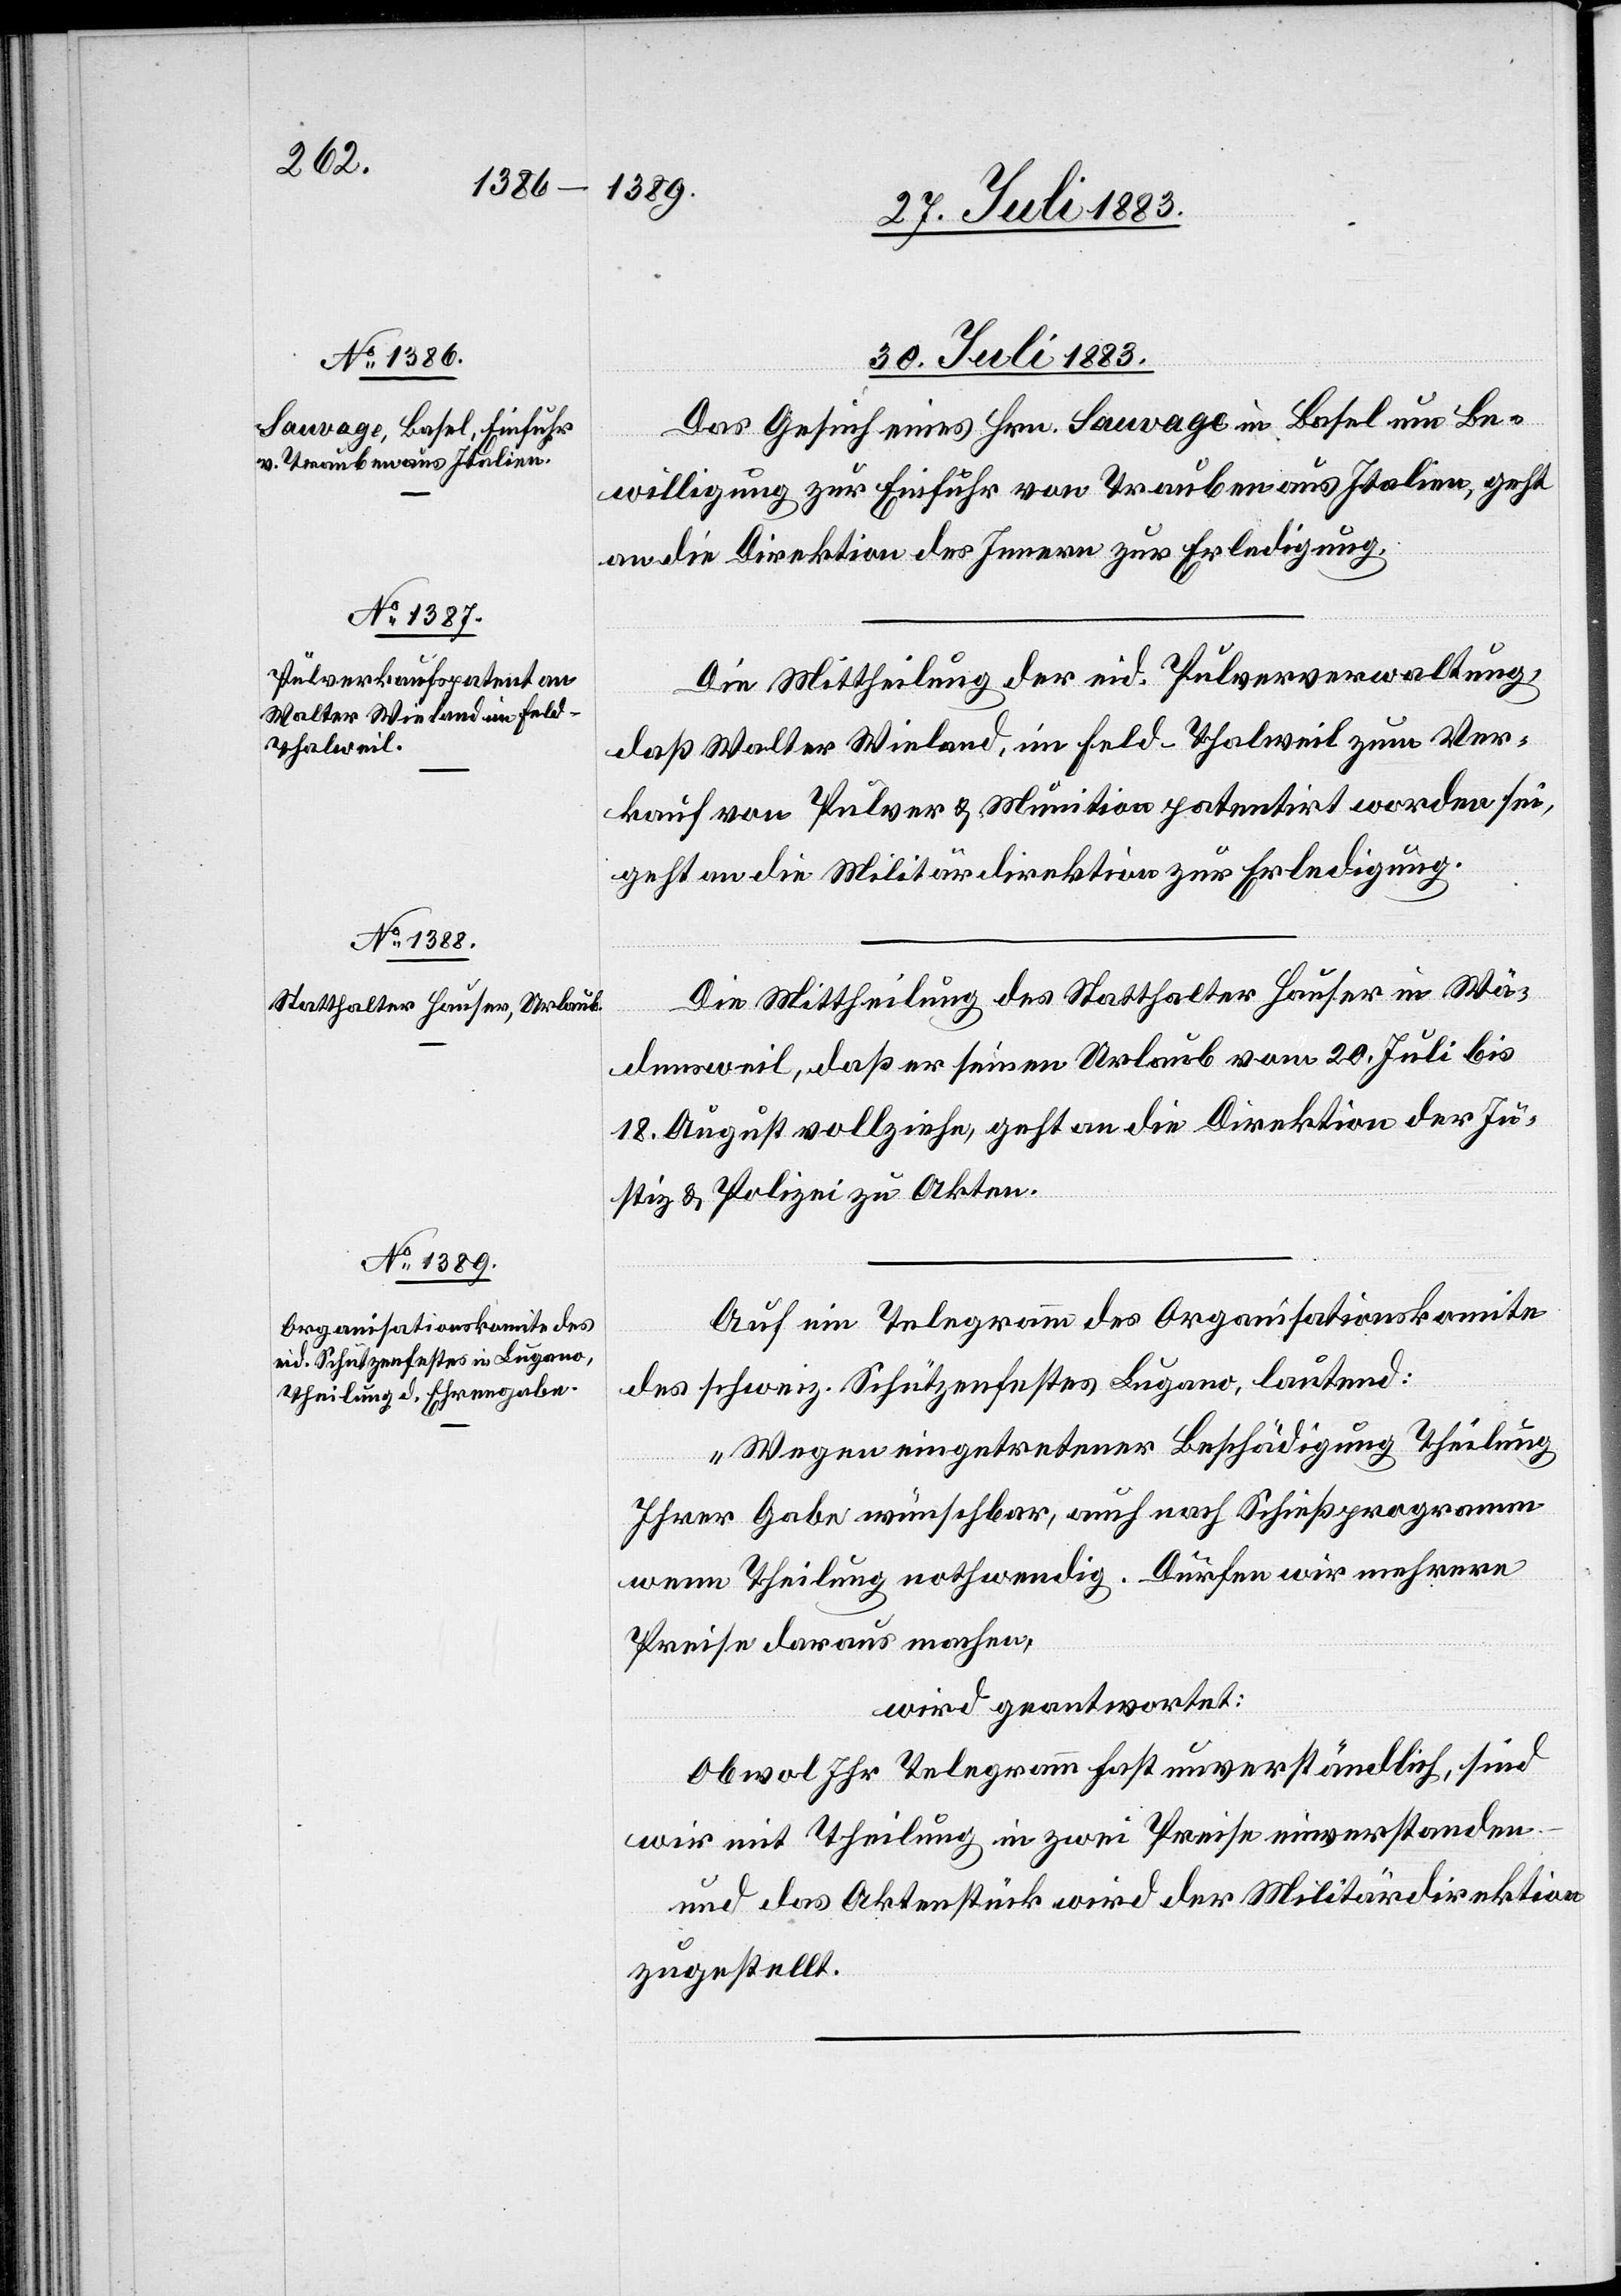
30. Juli 1883.]
Das Gesuch eines Hrn. Lauvage in Basel um Be¬
willigung zur Einfuhr von Trauben aus Italien, geht
an die Direktion des Innern zur Erledigung.
Die Mittheilung der eid. Pulververwaltung,
daß Walter Wieland, im Feld - Thalweil zum Ver¬
kauf von Pulver & Munition patentirt worden sei,
geht an die Militärdirektion zur Erledigung.
Die Mittheilung des Statthalter Hauser in Wä¬
densweil, daß er seinen Urlaub vom 20. Juli bis
18. August vollziehe, geht an die Direktion der Ju¬
stiz & Polizei zu Akten.
Auf ein Telegramm des Organisationskomite
des schweiz. Schützenfestes Lugano, lautend:
„Wegen eingetretener Beschädigung Theilung
Ihrer Gabe wünschbar, auch nach Schießprogramm
wenn Theilung nothwendig. Dürfen wir mehrere
Preise daraus machen“,
wird geantwortet:
Obwohl Ihr Telegramm fast unverständlich, sind
wir mit Theilung in zwei Preise einverstanden
und das Aktenstück wird der Militärdirektion
zugestellt.